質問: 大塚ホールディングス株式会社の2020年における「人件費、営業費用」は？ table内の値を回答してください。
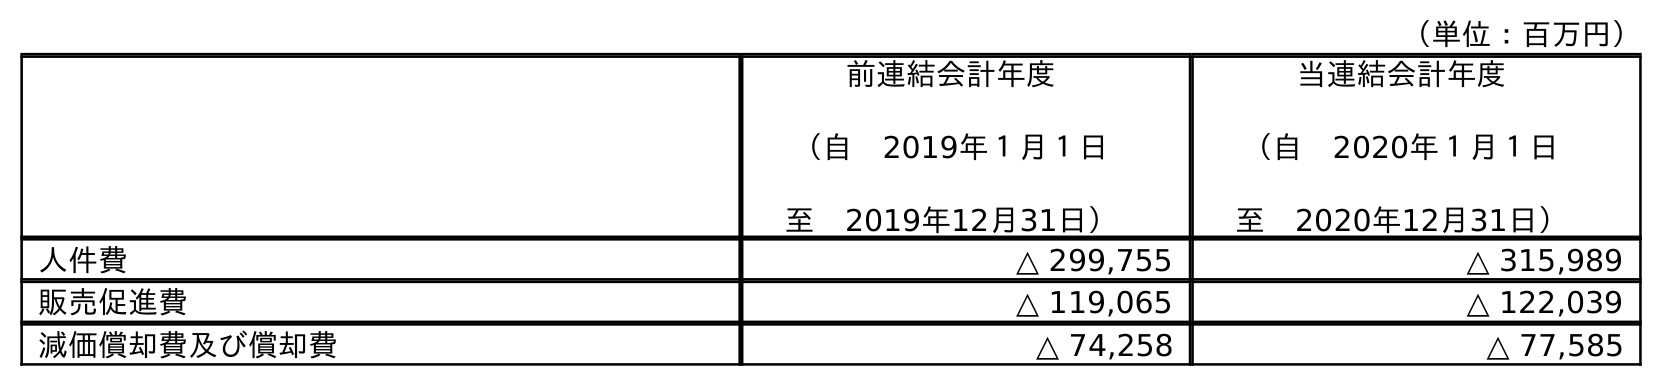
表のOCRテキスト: （単位：百万円） 前連結会計年度 （自 2019年１月１日 至 2019年12月31日） 当連結会計年度 （自 2020年１月１日 至 2020年12月31日） 人件費 △ 299,755 △ 315,989 販売促進費 △ 119,065 △ 122,039 減価償却費及び償却費 △ 74,258 △ 77,585
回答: △315,989